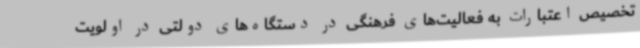
تخصیص اعتبارات به فعالیت‌های فرهنگی در دستگاه‌های دولتی در اولویت